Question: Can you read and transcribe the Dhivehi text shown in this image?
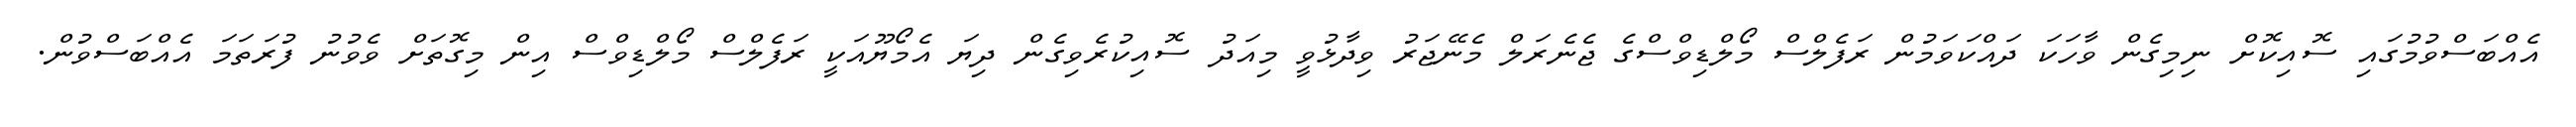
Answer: އެއްބަސްވުމުގައި ސޮއިކޮށް ނިމިގެން ވާހަކަ ދައްކަވަމުން ރަފެލްސް މޯލްޑިވްސްގެ ޖެނެރަލް މެނޭޖަރު ވިދާޅުވީ މިއަދު ސޮއިކުރެވިގެން ދިޔަ އެމޯޔޫއަކީ ރަފެލްސް މޯލްޑިވްސް އިން މިގޮތަށް ވެވުނު ފުރަތަމަ އެއްބަސްވުން.